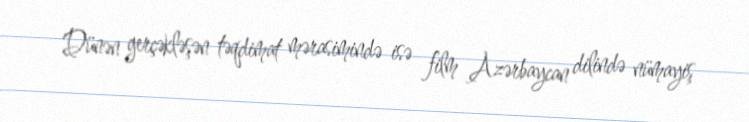
Dünən gerçəkləşən təqdimat mərasimində isə film Azərbaycan dilində nümayiş